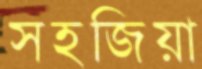
সহজিয়া